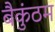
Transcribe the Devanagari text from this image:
बैकुंठम